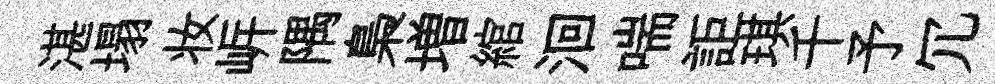
湛塌妆㟁隅梟増綰洄喘詎琪千予冗